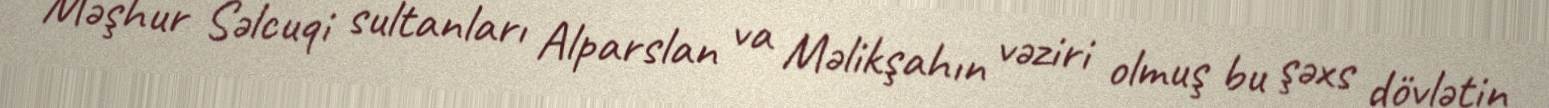
Məşhur Səlcuqi sultanları Alparslan va Məlikşahın vəziri olmuş bu şəxs dövlətin